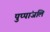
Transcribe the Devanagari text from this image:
पुप्पांजलि